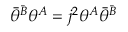
\bar { \theta } ^ { \bar { B } } \theta ^ { A } = j ^ { 2 } \theta ^ { A } \bar { \theta } ^ { \bar { B } }